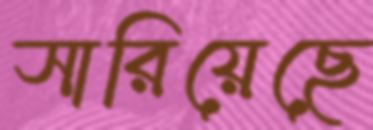
সারিয়েছে